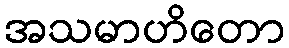
အသမာဟိတော